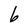
Character: b